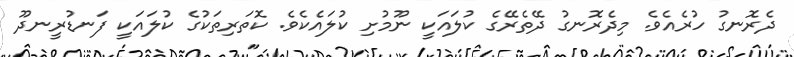
ދެރޮނގު ހުރެއެވެ. މިދެރޮނގު ދޭތެރޭގެ ކުލައަކީ ނޫމުށި ކުލައެކެވެ. ކޮތަރިތަކުގެ ކުލައަކީ ފަނޑުރީނދޫ